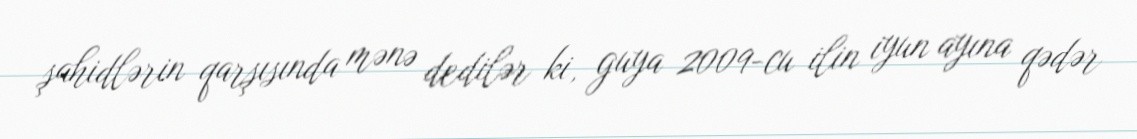
şahidlərin qarşısında mənə dedilər ki, guya 2009-cu ilin iyun ayına qədər